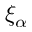
\xi _ { \alpha }